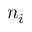
n _ { i }